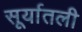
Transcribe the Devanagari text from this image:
सूर्यातली